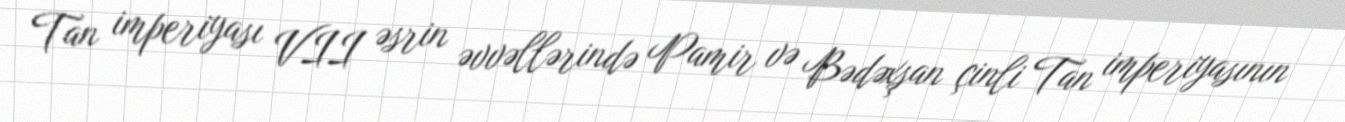
Tan imperiyası VII əsrin əvvəllərində Pamir və Bədəxşan çinli Tan imperiyasının